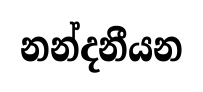
නන්දනීයන